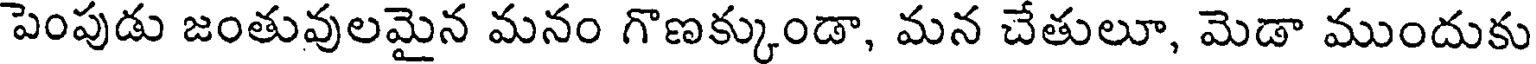
పెంపుడు జంతువులమైన మనం గొణక్కుండా, మన చేతులూ, మెడా ముందుకు